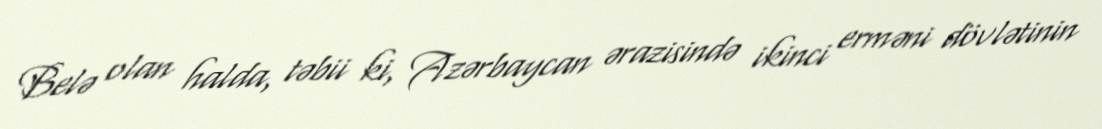
Belə olan halda, təbii ki, Azərbaycan ərazisində ikinci erməni dövlətinin